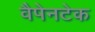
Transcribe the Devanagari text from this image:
वैपेनटेक